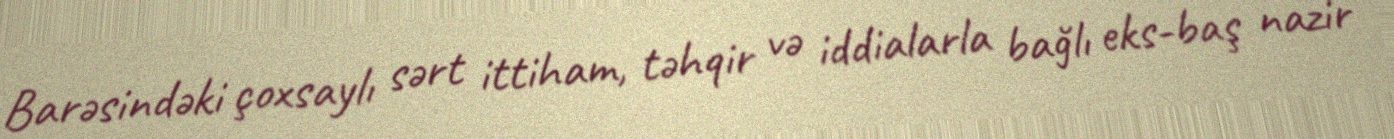
Barəsindəki çoxsaylı sərt ittiham, təhqir və iddialarla bağlı eks-baş nazir